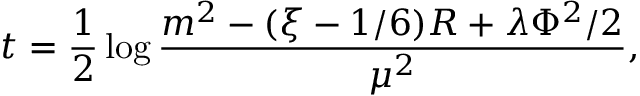
t = \frac { 1 } { 2 } \log \frac { m ^ { 2 } - ( \xi - 1 / 6 ) R + \lambda \Phi ^ { 2 } / 2 } { \mu ^ { 2 } } ,